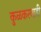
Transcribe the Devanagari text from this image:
कुळकरवाडी